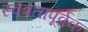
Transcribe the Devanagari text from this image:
स्वंत्रतापूर्वक